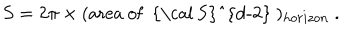
LaTeX: S = 2 \pi \times ( \mathrm { a r e a ~ o f ~ { \cal ~ S } ^ { d - 2 } ~ } ) _ { h o r i z o n } \ .